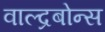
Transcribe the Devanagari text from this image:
वाल्द्रबोन्स